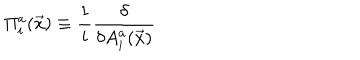
\Pi _ { i } ^ { a } ( \vec { x } ) \equiv \frac { 1 } { i } \frac { \delta } { \delta A _ { i } ^ { a } ( \vec { x } ) }